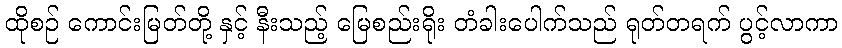
ထိုစဉ် ကောင်းမြတ်တို့ နှင့် နီးသည့် မြေစည်းရိုး တံခါးပေါက်သည် ရုတ်တရက် ပွင့်လာကာ